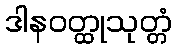
ဒါနဝတ္ထုသုတ္တံ